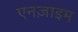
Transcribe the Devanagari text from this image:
एनज़ाइम